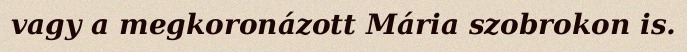
vagy a megkoronázott Mária szobrokon is.